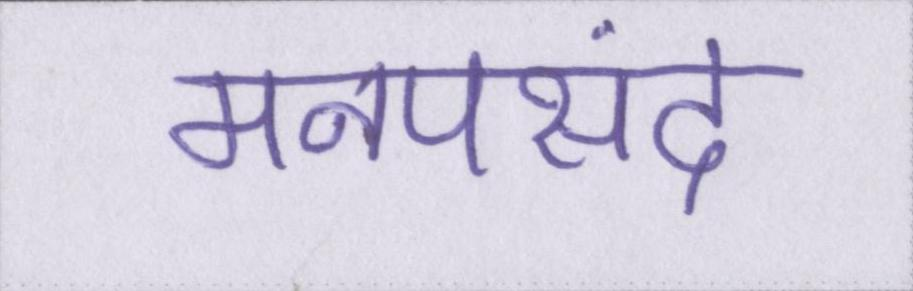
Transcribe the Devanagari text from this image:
मनपसंद